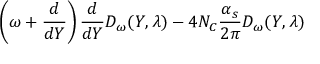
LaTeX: \left( \omega + \frac { d } { d Y } \right) \frac { d } { d Y } D _ { \omega } ( Y , \lambda ) - 4 N _ { C } \frac { \alpha _ { s } } { 2 \pi } D _ { \omega } ( Y , \lambda )